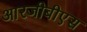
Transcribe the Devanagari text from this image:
आरजीबीएस